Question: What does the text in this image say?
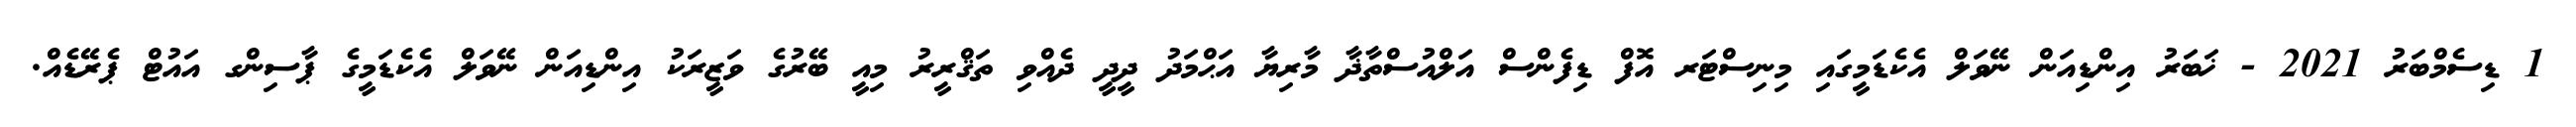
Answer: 1 ޑިސެމްބަރު 2021 - ޚަބަރު އިންޑިއަން ނޭވަލް އެކެޑަމީގައި މިނިސްޓަރ އޮފް ޑިފެންސް އަލްއުސްތާޛާ މާރިޔާ އަޙްމަދު ދީދީ ދެއްވި ތަޤްރީރު މިއީ ބޭރުގެ ވަޒީރަކު އިންޑިއަން ނޭވަލް އެކެޑަމީގެ ޕާސިންގ އައުޓް ޕެރޭޑެއް.